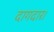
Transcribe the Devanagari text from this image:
दागदार।